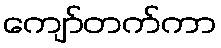
ကျော်တက်ကာ